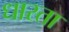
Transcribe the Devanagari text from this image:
धारता